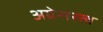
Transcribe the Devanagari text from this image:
अग्रेसरत्व